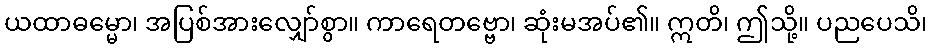
ယထာဓမ္မော၊ အပြစ်အားလျှော်စွာ။ ကာရေတဗ္ဗော၊ ဆုံးမအပ်၏။ ဣတိ၊ ဤသို့။ ပညပေသိ၊